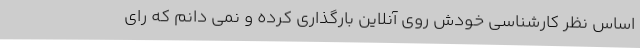
اساس نظر کارشناسی خودش روی آنلاین بارگذاری کرده و نمی دانم که رای